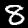
Label: 8